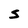
Character: S